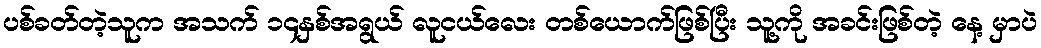
ပစ်ခတ်တဲ့သူက အသက် ၁၄နှစ်အရွယ် လူငယ်လေး တစ်ယောက်ဖြစ်ပြီး သူ့ကို အခင်းဖြစ်တဲ့ နေ့ မှာပဲ